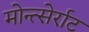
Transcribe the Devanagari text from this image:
मोन्त्सेर्राट